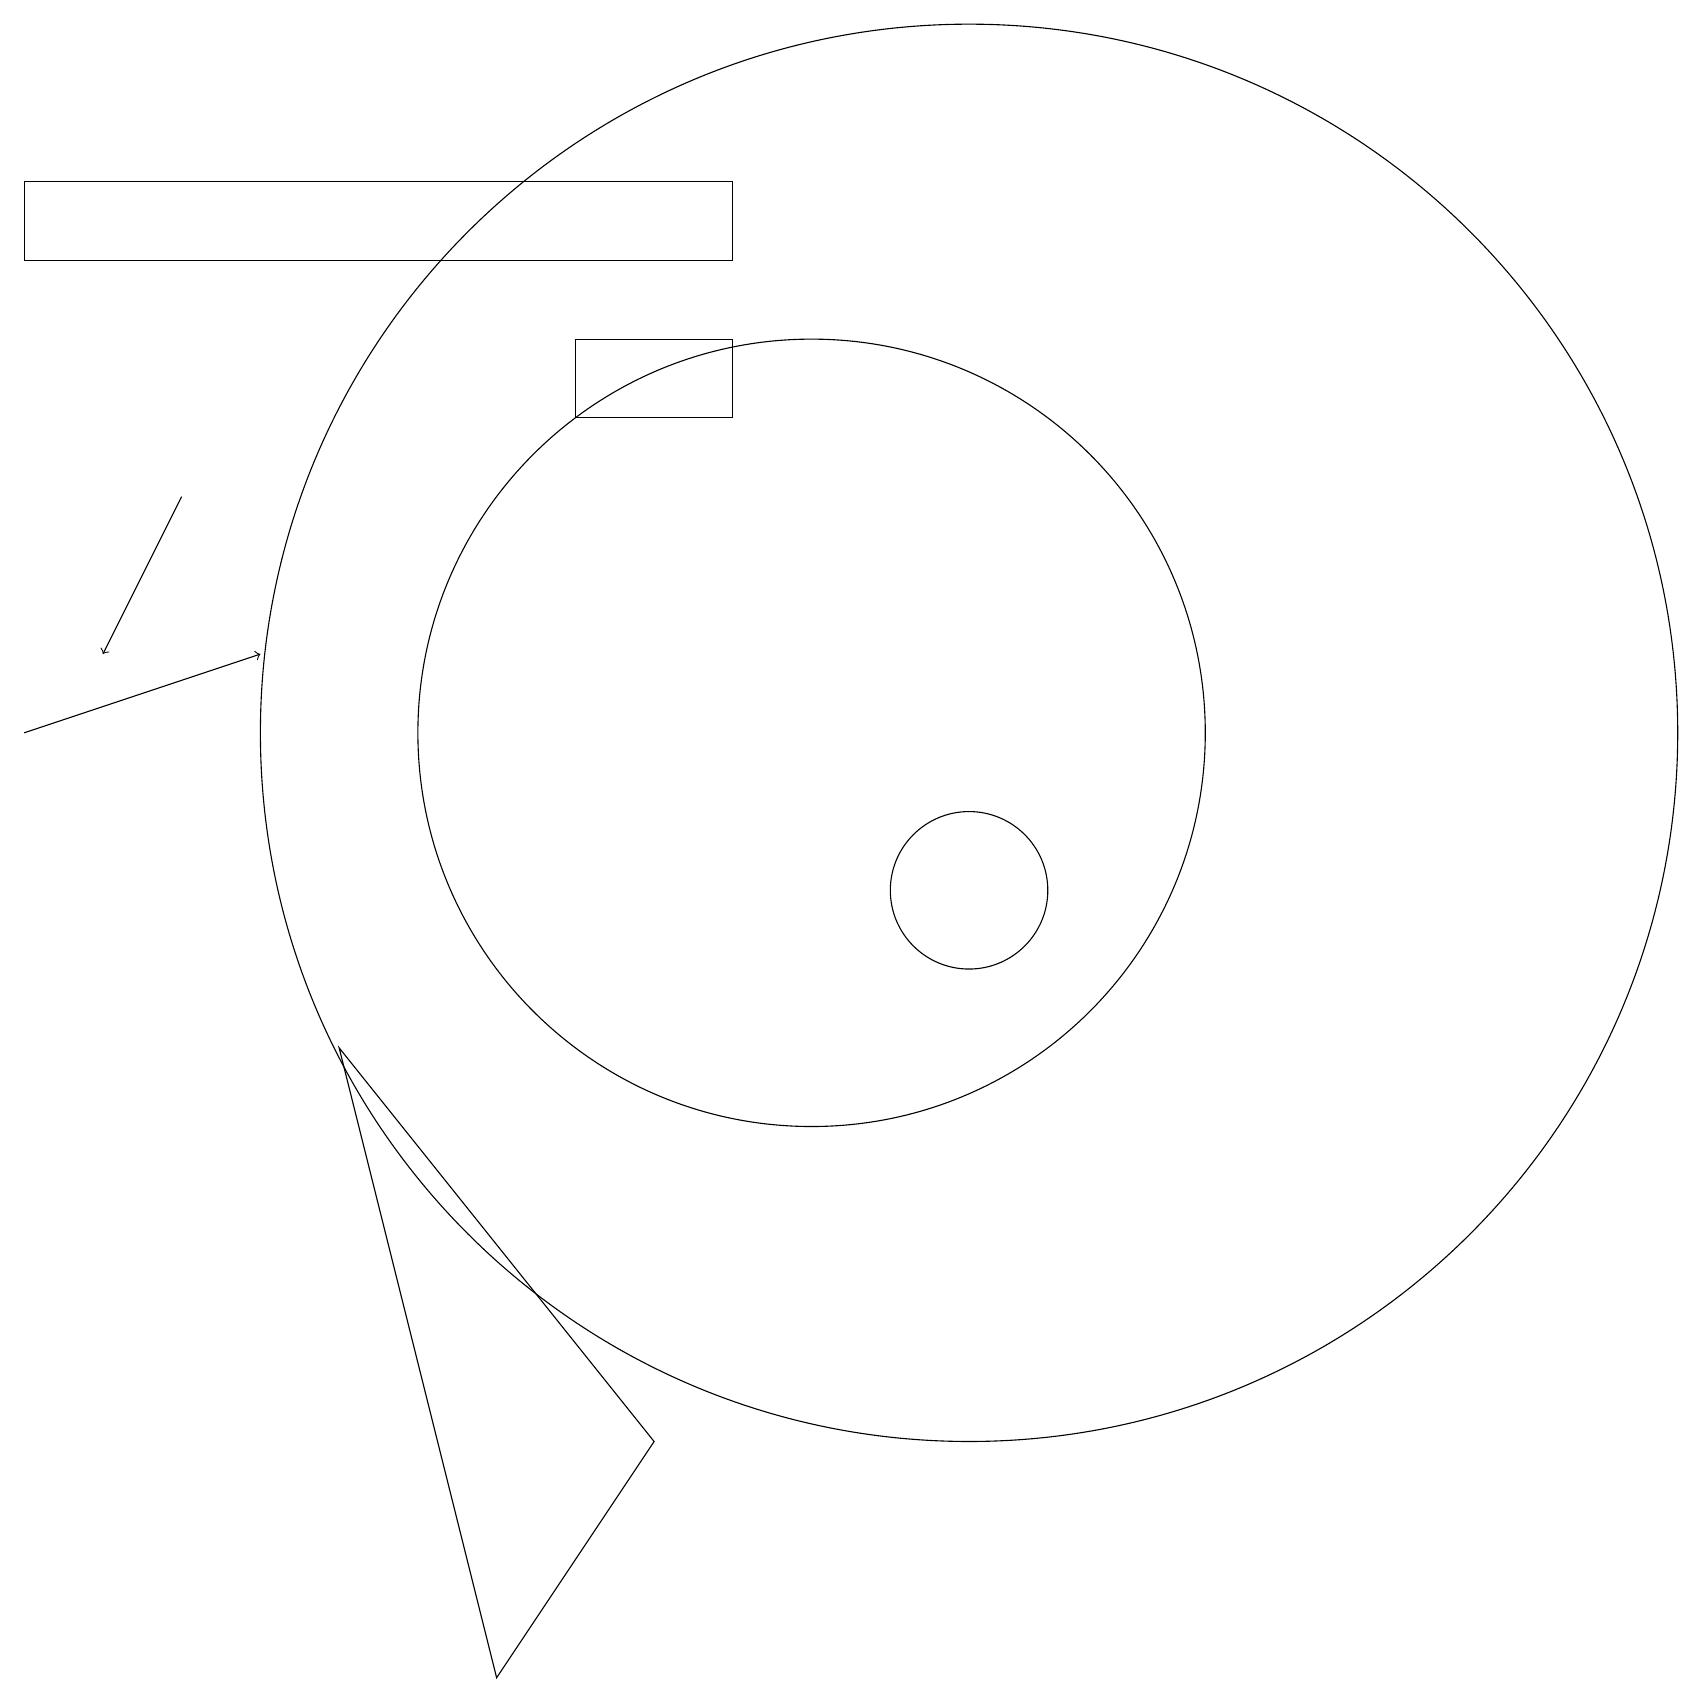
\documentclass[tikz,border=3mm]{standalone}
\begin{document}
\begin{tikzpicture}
\draw (6,0) -- (4,8) -- (8,3) -- cycle;
\draw (9,17) rectangle (7,16);
\draw[->] (0,12) -- (3,13);
\draw (10,12) circle (5);
\draw (12,10) circle (1);
\draw (12,12) circle (9);
\draw[->] (2,15) -- (1,13);
\draw (9,18) rectangle (0,19);
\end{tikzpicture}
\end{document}